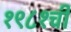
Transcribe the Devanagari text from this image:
१९८१ची